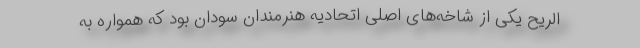
الریح یکی از شاخه‌های اصلی اتحادیه هنرمندان سودان بود که همواره به